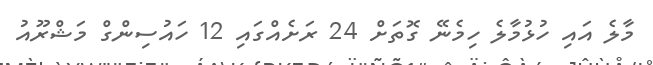
މާލެ އައި ހުޅުމާލެ ހިމެނޭ ގޮތަށް 24 ރަށެއްގައި 12 ހައުސިންގް މަޝްރޫއު